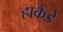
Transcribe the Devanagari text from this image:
हाकैंडे